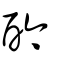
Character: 酓